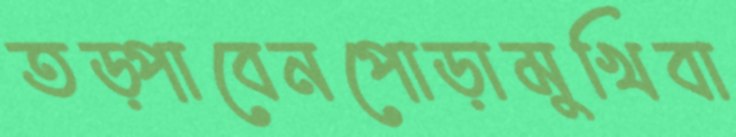
তড়্‌পাবেনপোড়ামুখিবা